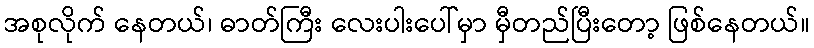
အစုလိုက် နေတယ်၊ ဓာတ်ကြီး လေးပါးပေါ်မှာ မှီတည်ပြီးတော့ ဖြစ်နေတယ်။